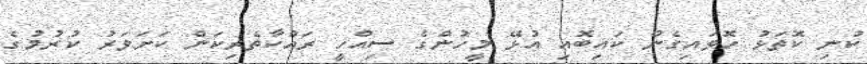
ކުނި ކޮތަޅު ހޮވައިގެން ކައިބޮއި އުޅޭ މީހުންގެ ސިއްހީ ރައްކާތެރިކަން ކަށަވަރު ކުރުމުގެ